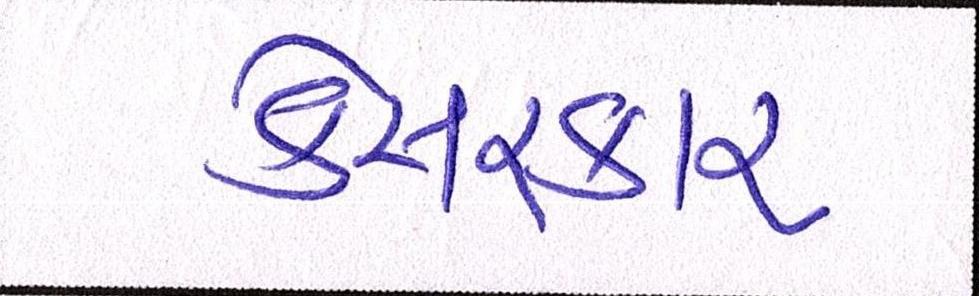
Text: કેસરકાર